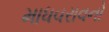
માધવરાવનો